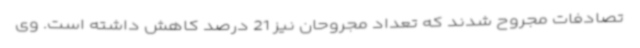
تصادفات مجروح شدند که تعداد مجروحان نیز 21 درصد کاهش داشته است. وی